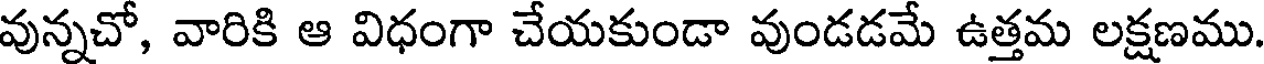
వున్నచో, వారికి ఆ విధంగా చేయకుండా వుండడమే ఉత్తమ లక్షణము